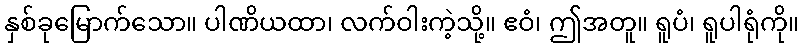
နှစ်ခုမြောက်သော။ ပါဏိယထာ၊ လက်ဝါးကဲ့သို့။ ဧဝံ၊ ဤအတူ။ ရူပံ၊ ရူပါရုံကို။